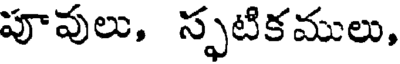
పూవులు, స్ఫటికములు,